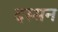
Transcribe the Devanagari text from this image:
दस्सन